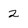
Character: 2